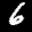
Label: 6